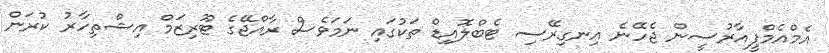
އެމްއެމްޕީއާރުސީން ޖެހޭނެ އިނގިރޭސި ޓެބްލޮއިޑް ތަކުގައި ނަމަވެސް ރާއްޖޭގެ ޓޫރިޒަމް އިޝްތިހާރު ކުރަން